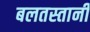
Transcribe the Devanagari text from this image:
बलतस्तानी